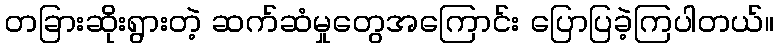
တခြားဆိုးရွားတဲ့ ဆက်ဆံမှုတွေအကြောင်း ပြောပြခဲ့ကြပါတယ်။